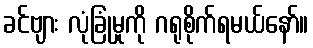
ခင်ဗျား လုံခြုံမှုကို ဂရုစိုက်ရမယ်နော်။